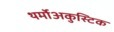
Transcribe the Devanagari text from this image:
थर्मोअकुस्टिक